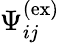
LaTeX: \Psi_{ij}^{(\mathrm{ex})}